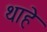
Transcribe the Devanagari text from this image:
थाहे